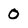
Character: 0